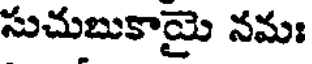
సుచుబుకాయై నమః